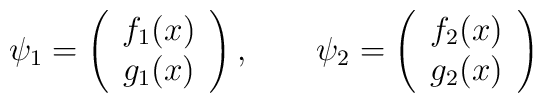
\psi _{1}=\left( \begin{array}{c}f_{1}(x) \\ g_{1}(x)\end{array}\right) ,\qquad \psi _{2}=\left( \begin{array}{c}f_{2}(x) \\ g_{2}(x)\end{array}\right)